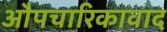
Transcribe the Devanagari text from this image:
औपचारिकावाद